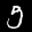
Label: 5